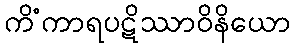
ကိံကာရပဋိဿာဝိနိယော